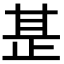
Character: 𭭡